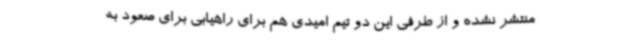
منتشر نشده و از طرفی این دو تیم امیدی هم برای راهیابی برای صعود به